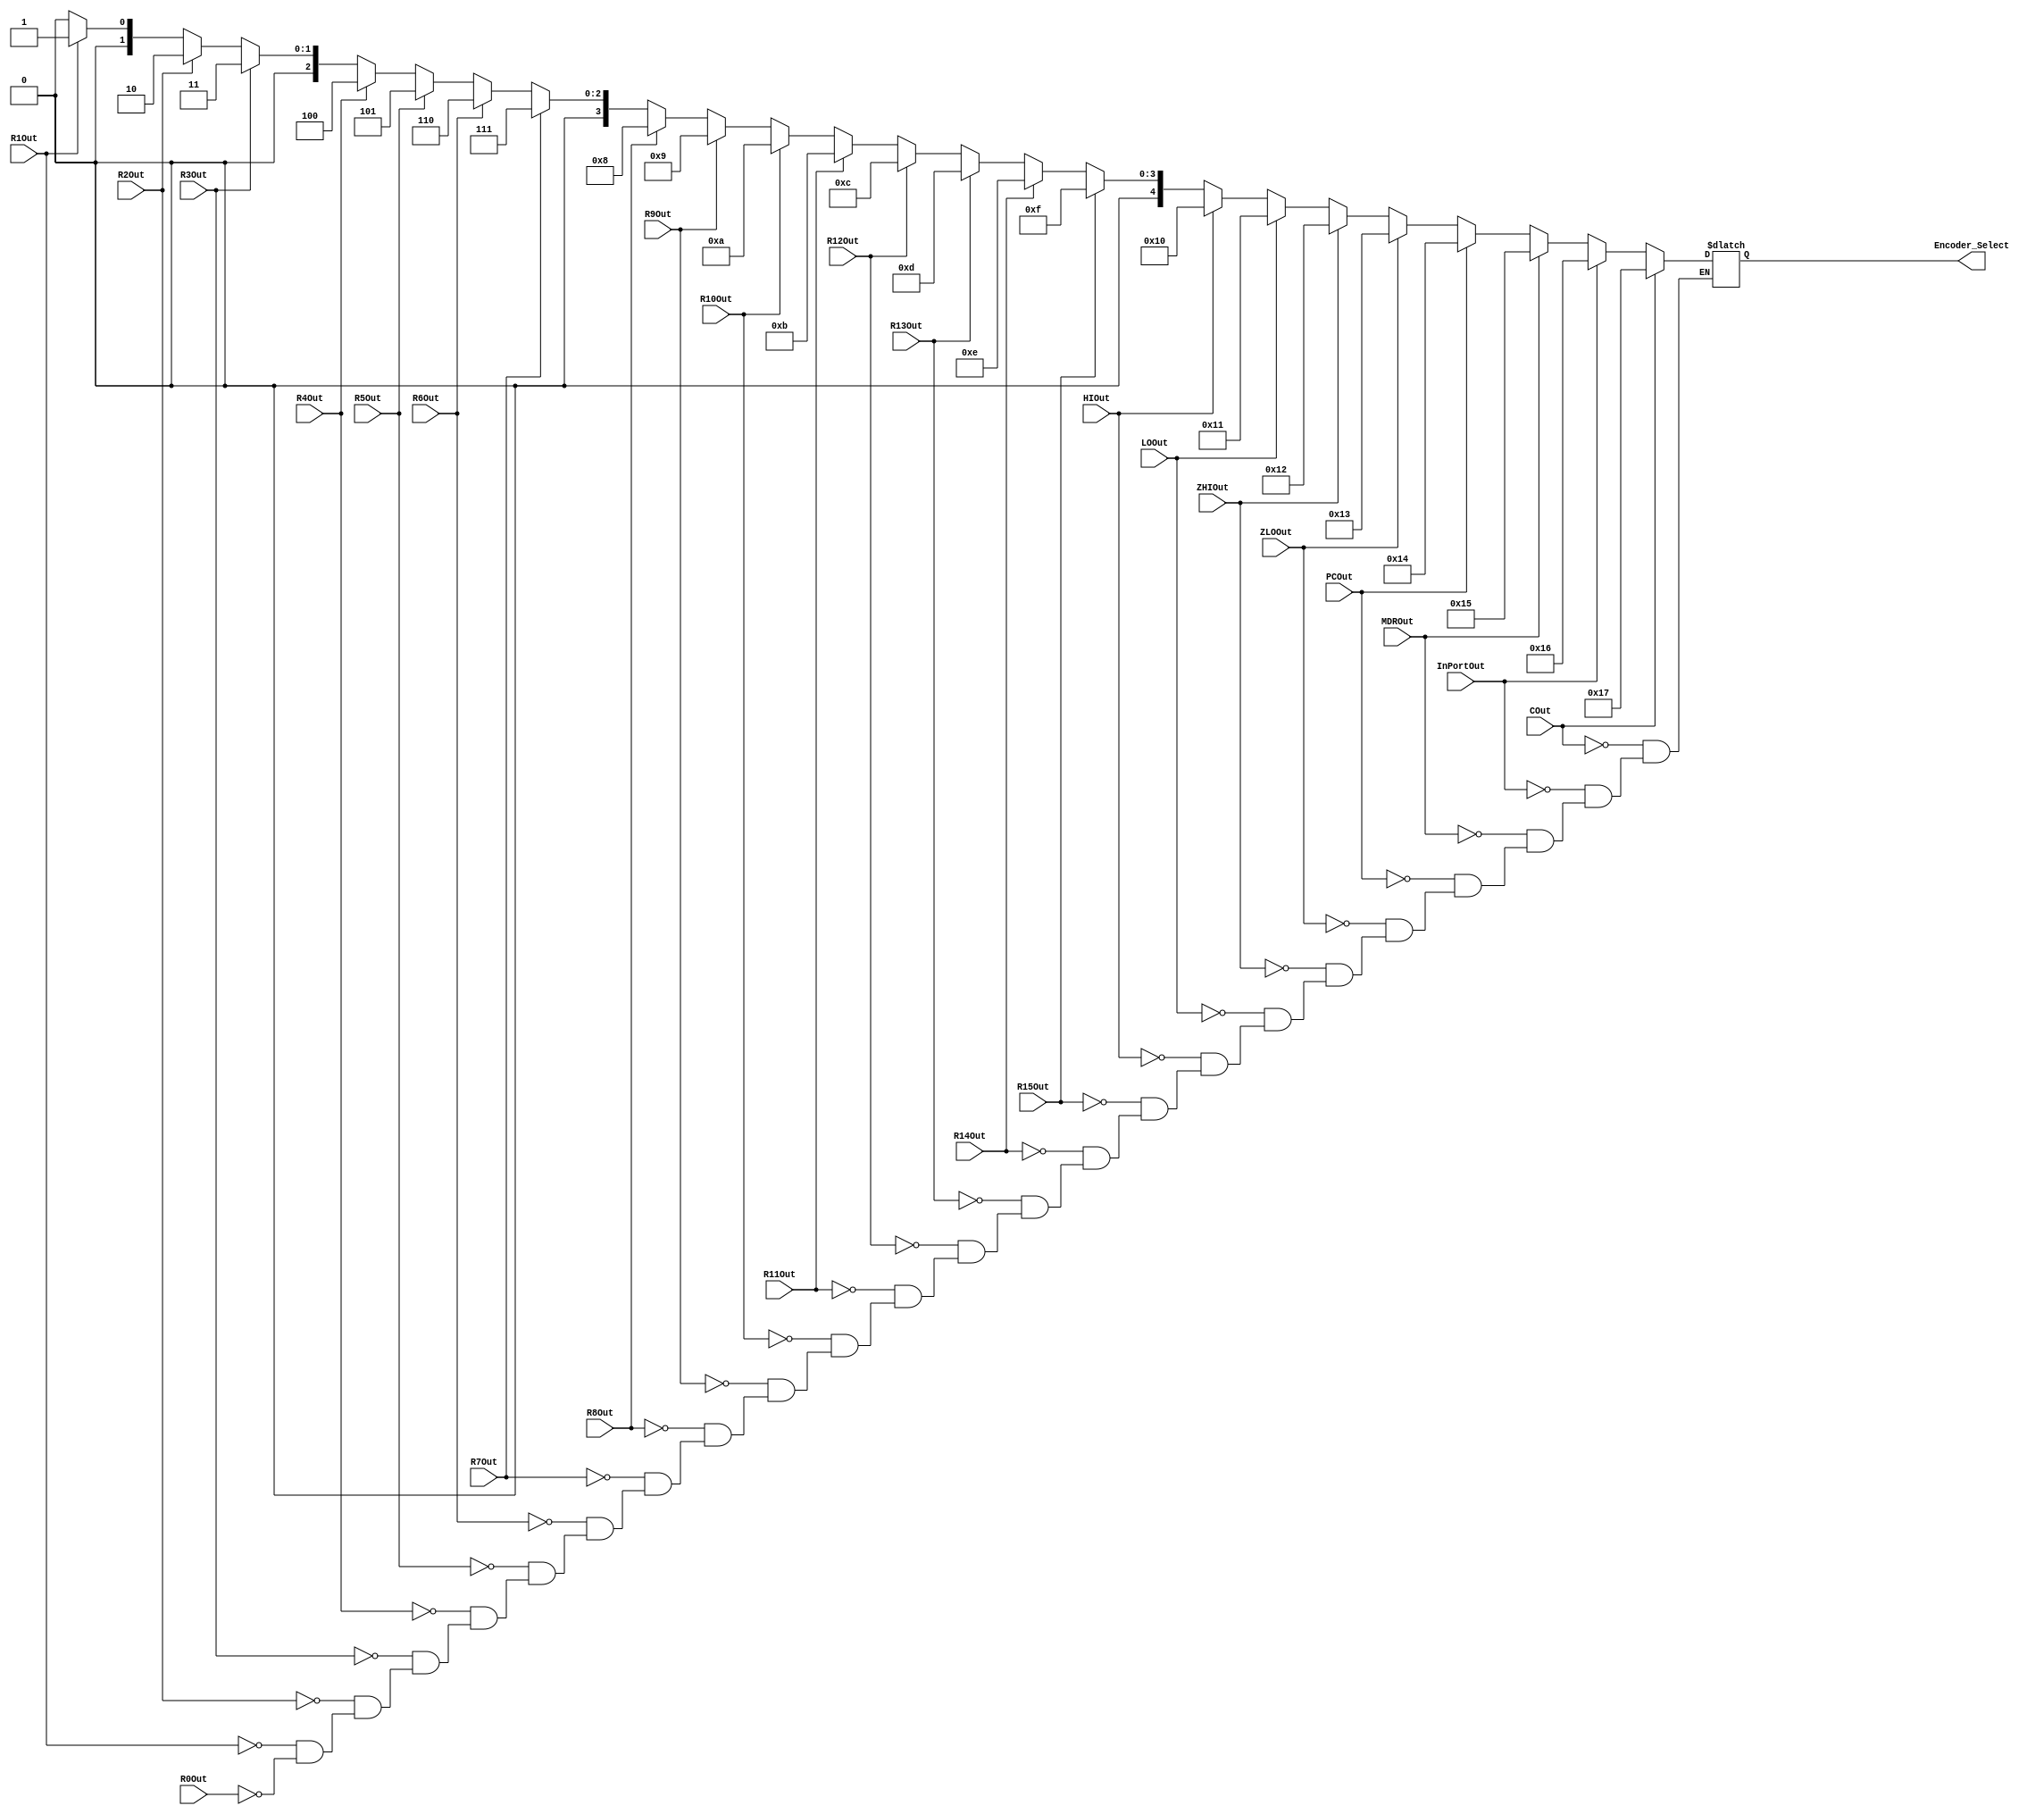
// Zuhair Shaikh and Brant Lan Li
// 32 to 5 Encoder 
// ELEC374 - Digital Systems Engineering
// Department of Electrical and Computer Engineering
// Queen's University 

`timescale 1ns/10ps

module encoder_32_5 ( 
				input wire R0Out,
				input wire R1Out,
				input wire R2Out, 
				input wire R3Out,
				input wire R4Out, 
				input wire R5Out, 
				input wire R6Out, 
				input wire R7Out, 
				input wire R8Out, 
				input wire R9Out, 
				input wire R10Out, 
				input wire R11Out, 
				input wire R12Out, 
				input wire R13Out, 
				input wire R14Out, 
				input wire R15Out, 	
				input wire PCOut, 
				input wire HIOut, 
				input wire LOOut, 
				input wire ZHIOut, 
				input wire ZLOOut,
				input wire InPortOut, 
				input wire MDROut,
				input wire COut,
				output reg [4:0] Encoder_Select
				);
				always @ (*) begin 
				
					if	(COut) Encoder_Select <= 5'b10111;
					else if 	(InPortOut) Encoder_Select <= 5'b10110;
					else if	(MDROut) Encoder_Select <= 5'b10101;
					else if	(PCOut) Encoder_Select <= 5'b10100;
					else if	(ZLOOut) Encoder_Select <= 5'b10011;
					else if	(ZHIOut) Encoder_Select <= 5'b10010;
					else if	(LOOut) Encoder_Select <= 5'b10001;
					else if	(HIOut) Encoder_Select <= 5'b10000;
					else if	(R15Out) Encoder_Select <= 5'b01111;
					else if	(R14Out) Encoder_Select <= 5'b01110;
					else if	(R13Out) Encoder_Select <= 5'b01101;
					else if	(R12Out) Encoder_Select <= 5'b01100;
					else if	(R11Out) Encoder_Select <= 5'b01011;
					else if	(R10Out) Encoder_Select <= 5'b01010;
					else if	(R9Out) Encoder_Select <= 5'b01001;
					else if	(R8Out) Encoder_Select <= 5'b01000;
					else if	(R7Out) Encoder_Select <= 5'b00111;
					else if	(R6Out) Encoder_Select <= 5'b00110;
					else if	(R5Out) Encoder_Select <= 5'b00101;
					else if	(R4Out) Encoder_Select <= 5'b00100;
					else if	(R3Out) Encoder_Select <= 5'b00011;
					else if	(R2Out) Encoder_Select <= 5'b00010;
					else if	(R1Out) Encoder_Select <= 5'b00001;
					else if	(R0Out) Encoder_Select <= 5'b00000;
					
				end
endmodule